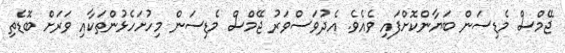
ޖޭމްސް މެޑިސަން ބަޔާންކޮށްފައި ވެއެވެ. އެދުވަސްވަރު ޖޭމްސް މެޑިސަން މިހުށަހެޅުންތަކާއި ވަރަށް ބޮޑެތި